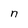
Character: n